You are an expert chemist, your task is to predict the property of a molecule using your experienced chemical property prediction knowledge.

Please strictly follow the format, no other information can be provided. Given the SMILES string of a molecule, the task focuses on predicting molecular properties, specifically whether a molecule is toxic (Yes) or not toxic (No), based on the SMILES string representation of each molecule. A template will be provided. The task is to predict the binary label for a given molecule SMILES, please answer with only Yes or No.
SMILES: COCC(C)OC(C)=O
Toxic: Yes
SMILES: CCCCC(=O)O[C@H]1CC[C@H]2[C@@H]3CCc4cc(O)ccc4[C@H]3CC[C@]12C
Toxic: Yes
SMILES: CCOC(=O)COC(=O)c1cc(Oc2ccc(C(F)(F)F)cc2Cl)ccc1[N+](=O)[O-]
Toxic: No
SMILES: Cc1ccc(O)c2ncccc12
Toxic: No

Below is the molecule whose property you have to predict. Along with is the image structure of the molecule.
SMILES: Clc1ccc(C(c2ccccc2Cl)C(Cl)Cl)cc1
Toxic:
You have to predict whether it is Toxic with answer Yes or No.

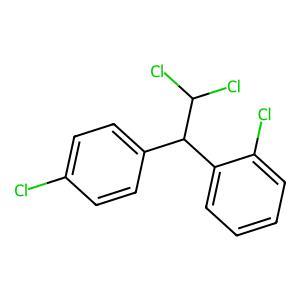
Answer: No